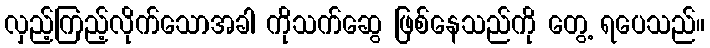
လှည့်ကြည့်လိုက်သောအခါ ကိုသက်ဆွေ ဖြစ်နေသည်ကို တွေ့ ရပေသည်။